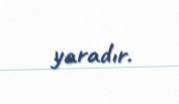
yaradır.